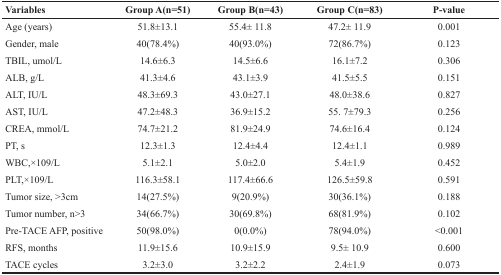
<table><thead><tr><td><b>Variables</b></td><td><b>Group A(n=51)</b></td><td><b>Group B(n=43)</b></td><td><b>Group C(n=83)</b></td><td><b>P-value</b></td></tr></thead><tbody><tr><td>Age (years)</td><td>51.8±13.1</td><td>55.4± 11.8</td><td>47.2± 11.9</td><td>0.001</td></tr><tr><td>Gender, male</td><td>40(78.4%)</td><td>40(93.0%)</td><td>72(86.7%)</td><td>0.123</td></tr><tr><td>TBIL, umol/L</td><td>14.6±6.3</td><td>14.5±6.6</td><td>16.1±7.2</td><td>0.306</td></tr><tr><td>ALB, g/L</td><td>41.3±4.6</td><td>43.1±3.9</td><td>41.5±5.5</td><td>0.151</td></tr><tr><td>ALT, IU/L</td><td>48.3±69.3</td><td>43.0±27.1</td><td>48.0±38.6</td><td>0.827</td></tr><tr><td>AST, IU/L</td><td>47.2±48.3</td><td>36.9±15.2</td><td>55. 7±79.3</td><td>0.256</td></tr><tr><td>CREA, mmol/L</td><td>74.7±21.2</td><td>81.9±24.9</td><td>74.6±16.4</td><td>0.124</td></tr><tr><td>PT, s</td><td>12.3±1.3</td><td>12.4±4.4</td><td>12.4±1.1</td><td>0.989</td></tr><tr><td>WBC,×109/L</td><td>5.1±2.1</td><td>5.0±2.0</td><td>5.4±1.9</td><td>0.452</td></tr><tr><td>PLT,×109/L</td><td>116.3±58.1</td><td>117.4±66.6</td><td>126.5±59.8</td><td>0.591</td></tr><tr><td>Tumor size, &gt;3cm</td><td>14(27.5%)</td><td>9(20.9%)</td><td>30(36.1%)</td><td>0.188</td></tr><tr><td>Tumor number, n&gt;3</td><td>34(66.7%)</td><td>30(69.8%)</td><td>68(81.9%)</td><td>0.102</td></tr><tr><td>Pre-TACE AFP, positive</td><td>50(98.0%)</td><td>0(0.0%)</td><td>78(94.0%)</td><td>&lt;0.001</td></tr><tr><td>RFS, months</td><td>11.9±15.6</td><td>10.9±15.9</td><td>9.5± 10.9</td><td>0.600</td></tr><tr><td>TACE cycles</td><td>3.2±3.0</td><td>3.2±2.2</td><td>2.4±1.9</td><td>0.073</td></tr></tbody></table>